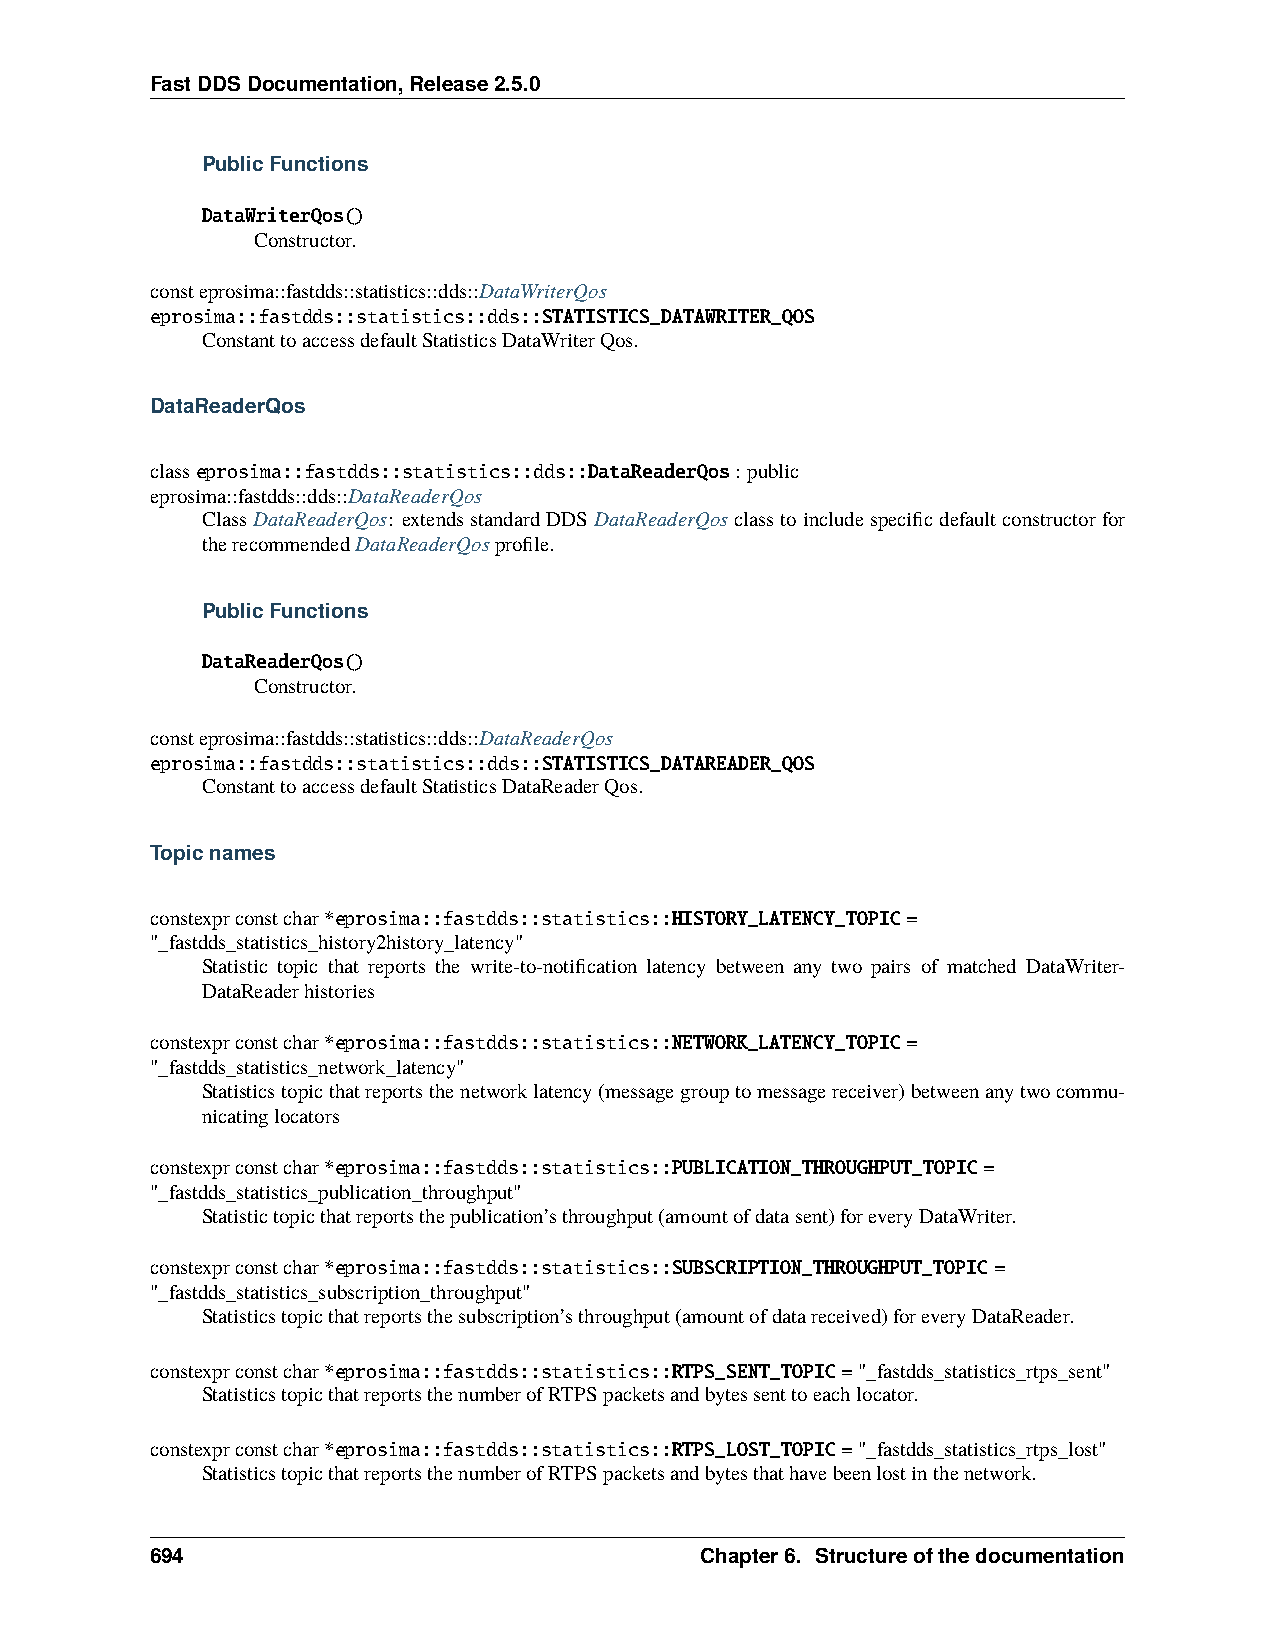
FastDDSDocumentation,Release2.5.0
 PublicFunctions
 DataWriterQos()
 Constructor.
 consteprosima::fastdds::statistics::dds::DataWriterQos
 eprosima::fastdds::statistics::dds::STATISTICS_DATAWRITER_QOS
 ConstanttoaccessdefaultStatisticsDataWriterQos.
 DataReaderQos
 classeprosima::fastdds::statistics::dds::DataReaderQos: public
 eprosima::fastdds::dds::DataReaderQos
 ClassDataReaderQos: extendsstandardDDSDataReaderQosclasstoincludespecificdefaultconstructorfor
 therecommendedDataReaderQosprofile.
 PublicFunctions
 DataReaderQos()
 Constructor.
 consteprosima::fastdds::statistics::dds::DataReaderQos
 eprosima::fastdds::statistics::dds::STATISTICS_DATAREADER_QOS
 ConstanttoaccessdefaultStatisticsDataReaderQos.
 Topicnames
 constexprconstchar*eprosima::fastdds::statistics::HISTORY_LATENCY_TOPIC=
 "_fastdds_statistics_history2history_latency"
 Statistic topic that reports the write-to-notification latency between any two pairs of matched DataWriter-
 DataReaderhistories
 constexprconstchar*eprosima::fastdds::statistics::NETWORK_LATENCY_TOPIC=
 "_fastdds_statistics_network_latency"
 Statisticstopicthatreportsthenetworklatency(messagegrouptomessagereceiver)betweenanytwocommu-
 nicatinglocators
 constexprconstchar*eprosima::fastdds::statistics::PUBLICATION_THROUGHPUT_TOPIC=
 "_fastdds_statistics_publication_throughput"
 Statistictopicthatreportsthepublication’sthroughput(amountofdatasent)foreveryDataWriter.
 constexprconstchar*eprosima::fastdds::statistics::SUBSCRIPTION_THROUGHPUT_TOPIC=
 "_fastdds_statistics_subscription_throughput"
 Statisticstopicthatreportsthesubscription’sthroughput(amountofdatareceived)foreveryDataReader.
 constexprconstchar*eprosima::fastdds::statistics::RTPS_SENT_TOPIC="_fastdds_statistics_rtps_sent"
 StatisticstopicthatreportsthenumberofRTPSpacketsandbytessenttoeachlocator.
 constexprconstchar*eprosima::fastdds::statistics::RTPS_LOST_TOPIC="_fastdds_statistics_rtps_lost"
 StatisticstopicthatreportsthenumberofRTPSpacketsandbytesthathavebeenlostinthenetwork.
 694                                 Chapter6. Structureofthedocumentation